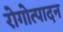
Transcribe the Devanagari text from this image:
रोगोत्पादन